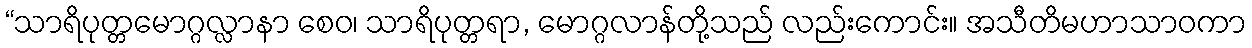
“သာရိပုတ္တမောဂ္ဂလ္လာနာ စေဝ၊ သာရိပုတ္တရာ, မောဂ္ဂလာန်တို့သည် လည်းကောင်း။ အသီတိမဟာသာဝကာ